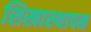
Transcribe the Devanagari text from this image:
शिखास्थापन